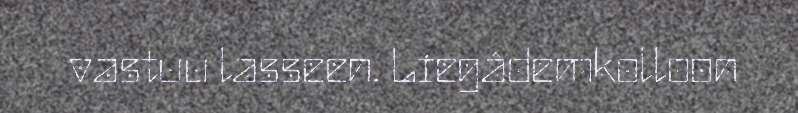
vastuu lasseen. Liegâdemkolloon